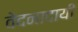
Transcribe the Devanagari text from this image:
वेदनादायी